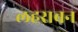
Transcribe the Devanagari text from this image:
लहराबन